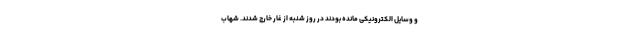
و وسایل الکترونیکی مانده بودند در روز شنبه از غار خارج شدند. شهاب